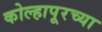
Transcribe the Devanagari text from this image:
कोल्हापूरच्‍या